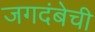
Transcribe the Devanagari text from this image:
जगदंबेची